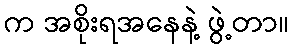
က အစိုးရအနေနဲ့ ဖွဲ့တာ။